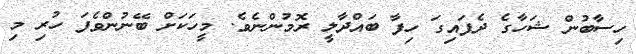
ހިސާބުން ޝަހާގެ ދެފައިގަ ހިފާ ބައްދާލީ ރޮމުންނެވެ. މީހަކަށް ބޭނުންވެފަ ހުރި މި